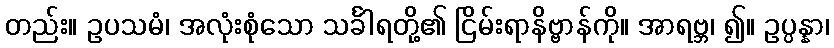
တည်း။ ဥပသမံ၊ အလုံးစုံသော သင်္ခါရတို့၏ ငြိမ်းရာနိဗ္ဗာန်ကို။ အာရဗ္ဘ၊ ၍။ ဥပ္ပန္နာ၊